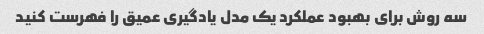
سه روش برای بهبود عملکرد یک مدل یادگیری عمیق را فهرست کنید